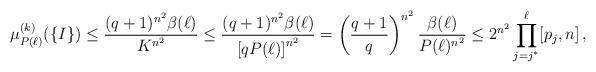
LaTeX: \begin{align*}\mu_{P(\ell)}^{(k)}(\{I\})\le \frac{(q+1)^{n^2} \beta(\ell)}{ K^{n^2} }\le \frac{(q+1)^{n^2} \beta(\ell)}{ \left[ qP(\ell)\right] ^{n^2} }=\left(\frac{q+1}{q}\right) ^{n^2} \frac{\beta(\ell)}{P(\ell)^{n^2} }\le 2 ^{n^2}\prod_{j=j^*}^{ \ell} [p_j,n]\,,\end{align*}